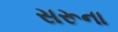
સરૂના